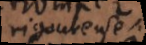
rigoureuse